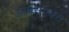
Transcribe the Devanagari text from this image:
ओपसएक्स